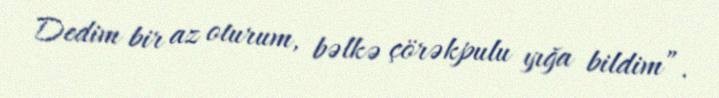
Dedim bir az oturum, bəlkə çörəkpulu yığa bildim”.